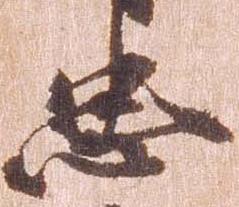
忠